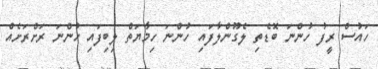
ހައުސް ރީފު ހުންނަ ބޮޑެތި ލެގޫންލާފައި ހުންނަ ހިމާޔަތް ލިބިފައި ހުންނަ ރަށްރަށެއް